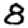
Digit: 8